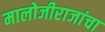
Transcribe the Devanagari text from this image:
मालोजीराजांचा